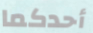
أحدكما